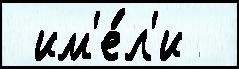
 им'е́л'и